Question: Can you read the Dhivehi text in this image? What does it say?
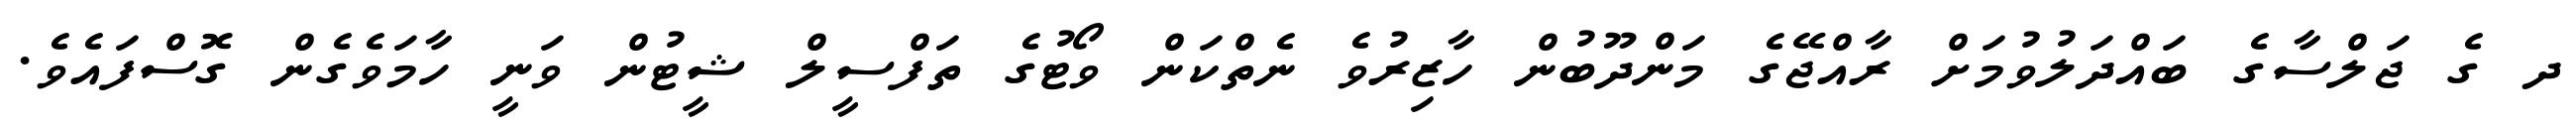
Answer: ދ ގެ ޖަލްސާގެ ބައްދަލުވުމަށް ރާއްޖޭގެ މަންދޫބުން ހާޒިރުވެ ނެތްކަން ވޯޓުގެ ތަފްސީލް ޝީޓުން ވަނީ ހާމަވެގެން ގޮސްފައެވެ.